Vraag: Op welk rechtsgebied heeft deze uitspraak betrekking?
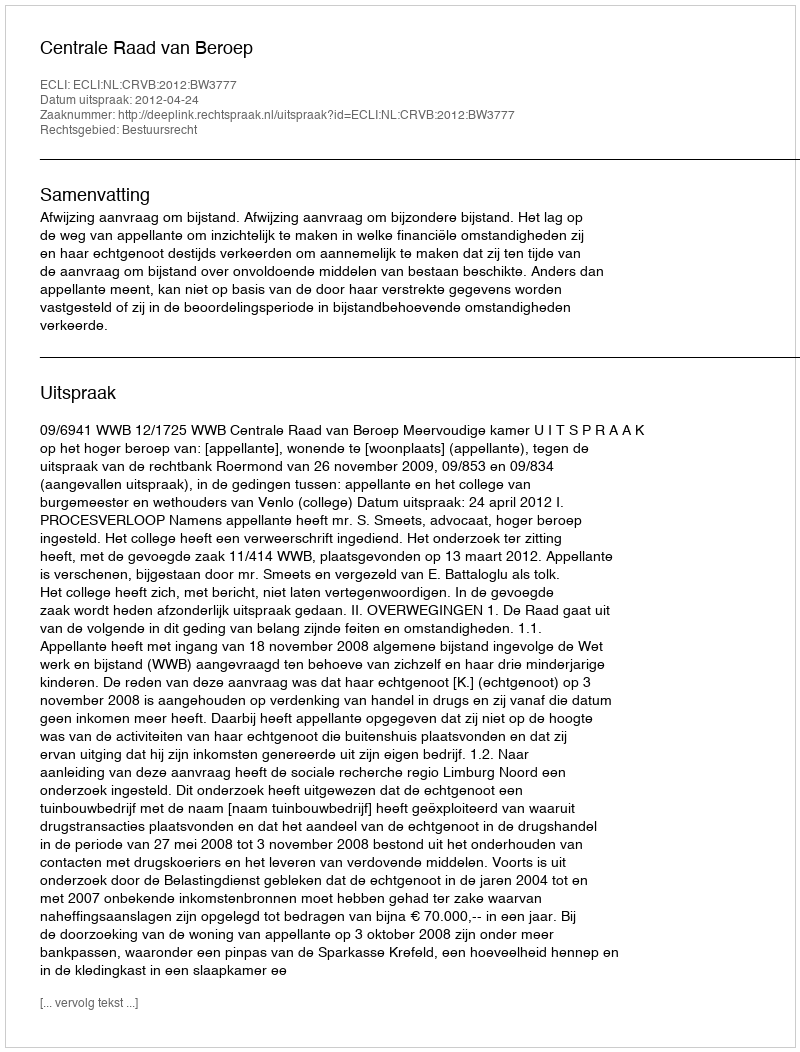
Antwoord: Bestuursrecht